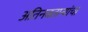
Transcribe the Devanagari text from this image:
अतिनवताऱ्यांचा